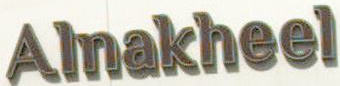
Alnakheel